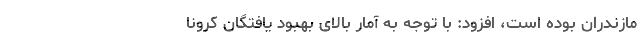
مازندران بوده است، افزود: با توجه به آمار بالای بهبود یافتگان کرونا